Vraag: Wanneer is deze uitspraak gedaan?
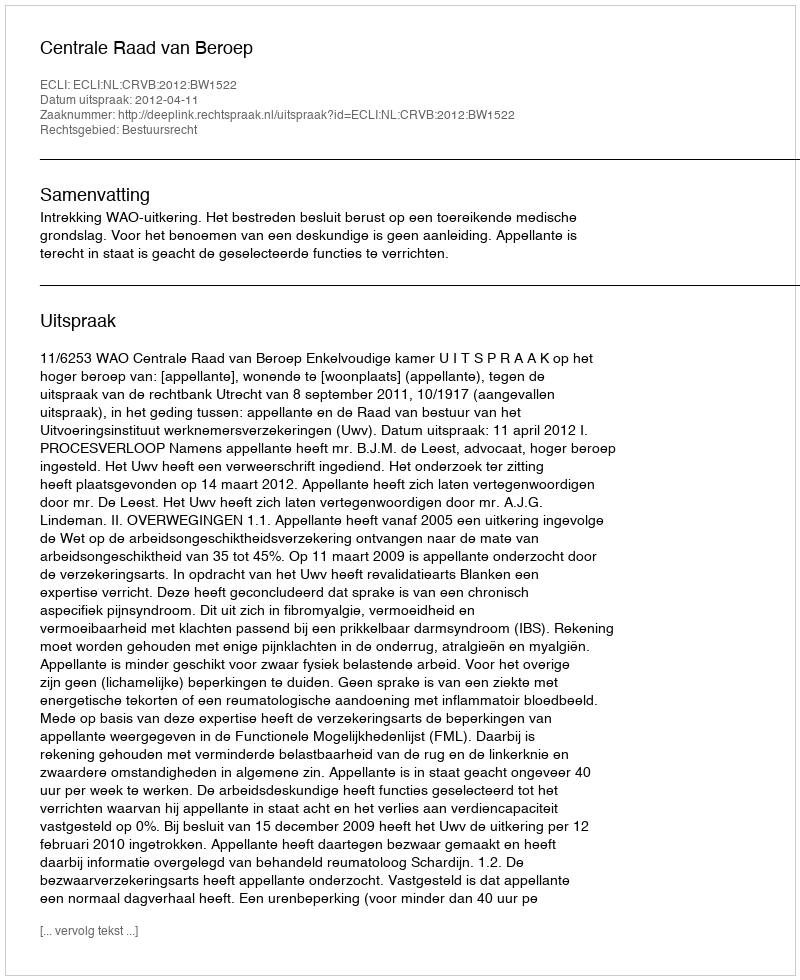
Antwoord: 2012-04-11